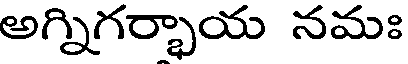
అగ్నిగర్భాయ నమః